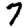
Digit: 7